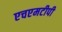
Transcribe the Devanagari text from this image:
एचएमटीपी